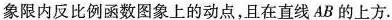
象限内反比例函数图象上的动点，且在直线AB的上方.